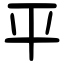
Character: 平